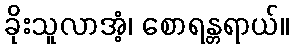
ခိုးသူလာအံ့၊ စောရန္တရာယ်။